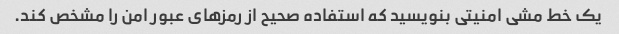
یک خط مشی امنیتی بنویسید که استفاده صحیح از رمزهای عبور امن را مشخص کند.